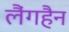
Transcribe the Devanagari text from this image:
लैंगहैन